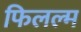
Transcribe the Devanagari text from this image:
फिलल्म